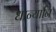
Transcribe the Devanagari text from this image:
धान्यानि